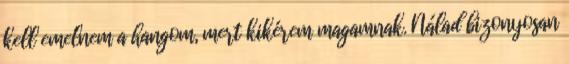
kell emelnem a hangom, mert kikérem magamnak. Nálad bizonyosan